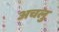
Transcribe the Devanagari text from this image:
अचलु